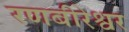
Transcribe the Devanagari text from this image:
रणबीरेश्वर